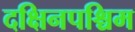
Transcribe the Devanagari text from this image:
दक्षिनपश्चिम